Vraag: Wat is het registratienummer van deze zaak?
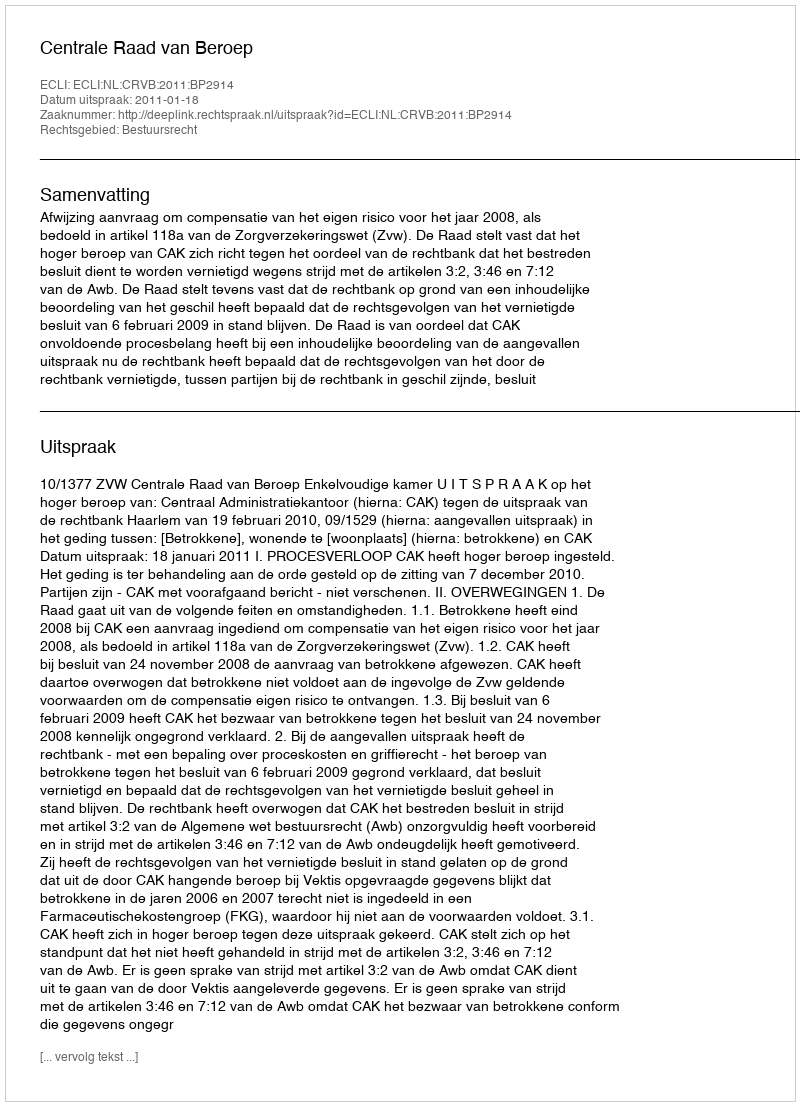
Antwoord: http://deeplink.rechtspraak.nl/uitspraak?id=ECLI:NL:CRVB:2011:BP2914